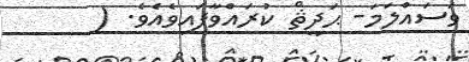
ވަސައްލަމަ- ޙަދީޘް ކުރައްވާފައިވެއެވެ. (